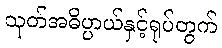
သုတ်အဓိပ္ပာယ်နှင့်ရုပ်တွက်